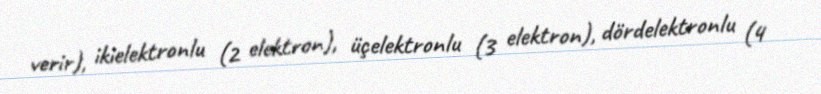
verir), ikielektronlu (2 elektron), üçelektronlu (3 elektron), dördelektronlu (4